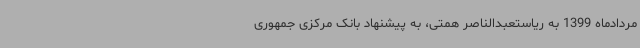
مردادماه 1399 به ریاستعبدالناصر همتی، به پیشنهاد بانک مرکزی جمهوری